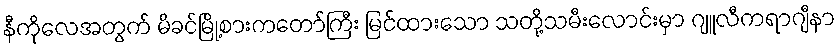
နီကိုလေအတွက် မိခင်မြို့စားကတော်ကြီး မြင်ထားသော သတို့သမီးလောင်းမှာ ဂျူလီကရာဂျီနာ